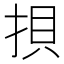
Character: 𢭲